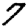
Digit: 7